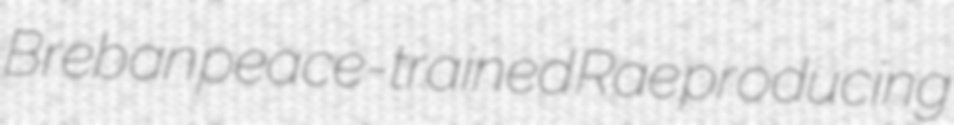
Breban peace-trained Rae producing